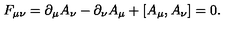
F _ { \mu \nu } = \partial _ { \mu } A _ { \nu } - \partial _ { \nu } A _ { \mu } + [ A _ { \mu } , A _ { \nu } ] = 0 .